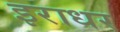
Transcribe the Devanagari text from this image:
इराधर